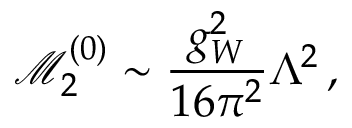
\mathcal { M } _ { 2 } ^ { ( 0 ) } \sim \frac { g _ { W } ^ { 2 } } { 1 6 \pi ^ { 2 } } \Lambda ^ { 2 } \, ,